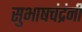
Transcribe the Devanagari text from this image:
सुभाषचंद्रंनी